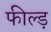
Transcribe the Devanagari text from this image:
फील्ड़